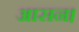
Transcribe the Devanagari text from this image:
आसन।